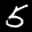
Label: 5